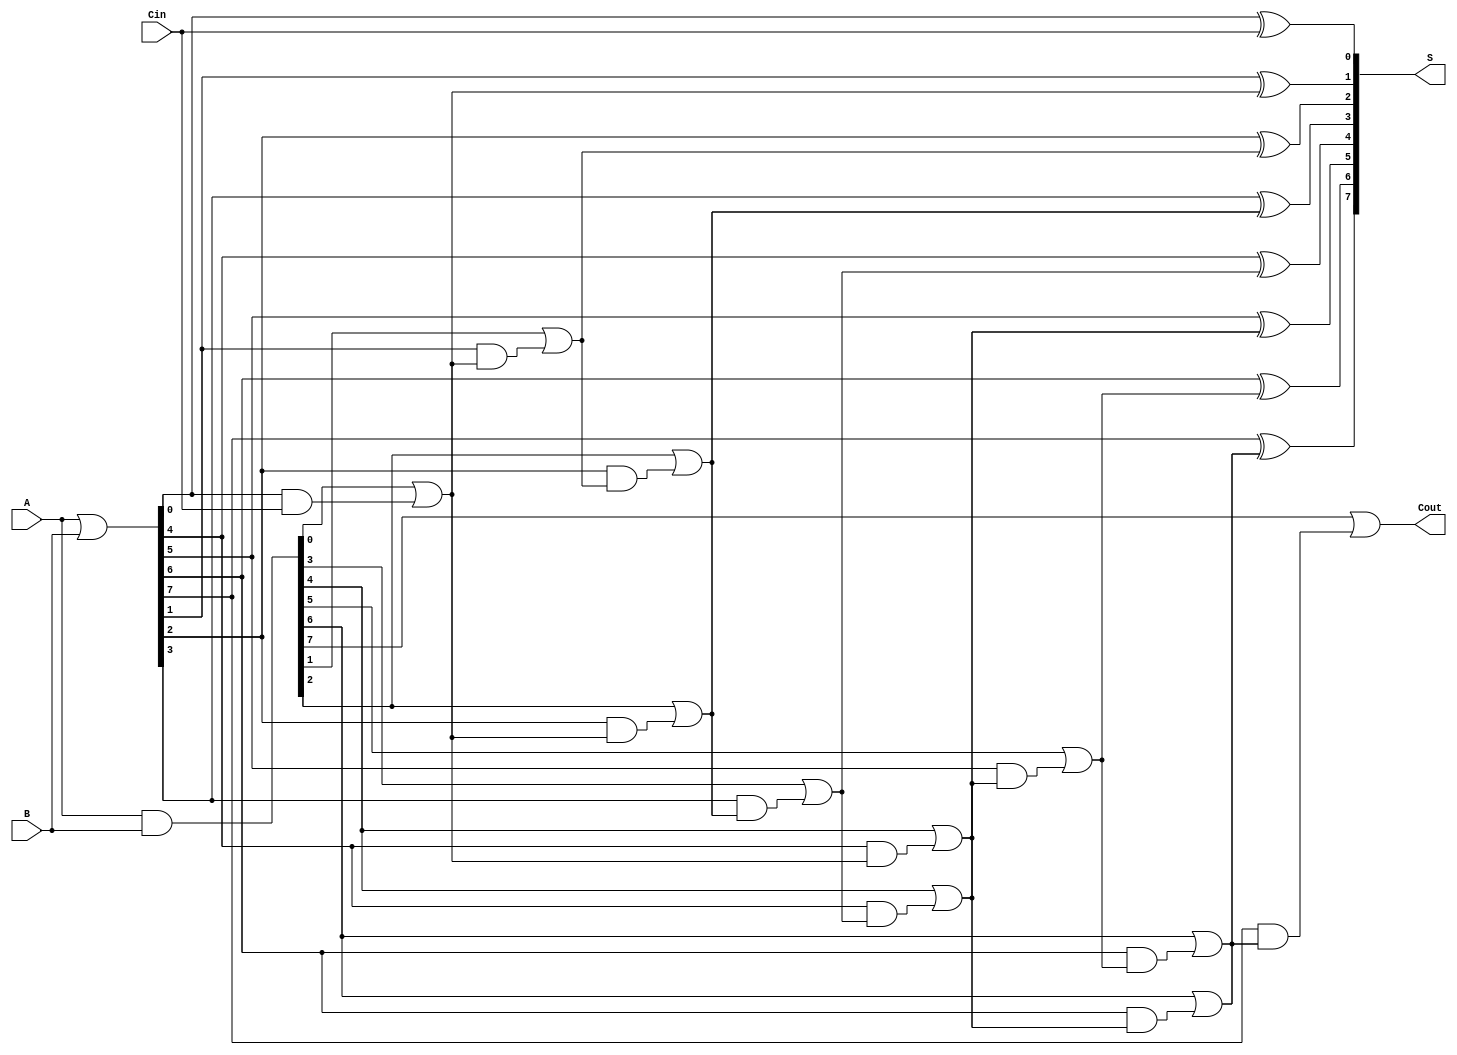
module brent_kung_adder #(
    parameter N = 8  // Width of the adder
)(
    input [N-1:0] A,      // First n-bit input
    input [N-1:0] B,      // Second n-bit input
    input Cin,            // Carry input
    output [N-1:0] S,     // Sum output
    output Cout           // Carry output
);

    // Generate and Propagate signals
    wire [N-1:0] G; // Generate signals
    wire [N-1:0] P; // Propagate signals
    wire [N:0] C;   // Carry signals, including C[0] as initial carry

    // Generate and Propagate calculations
    assign G = A & B;           // Generate
    assign P = A | B;           // Propagate
    assign C[0] = Cin;          // Initial carry-in
    
    // Carry generation stages
    genvar i, j;
    
    // Stage 1
    generate
        for (i = 0; i < N; i = i + 1) begin: carry_stage1
            if (i == 0) begin
                assign C[i + 1] = G[i] | (P[i] & C[0]);
            end else begin
                assign C[i + 1] = G[i] | (P[i] & C[i]);
            end
        end
    endgenerate

    // Stage 2 (and further stages if required)
    generate
        for (j = 2; j <= $clog2(N); j = j + 1) begin: carry_stage
            for (i = 0; i < N; i = i + (1 << j)) begin
                assign C[i + (1 << (j-1)) + 1] = G[i + (1 << (j-1))] |
                    (P[i + (1 << (j-1))] & C[i + 1]);
            end
        end
    endgenerate

    // Sum calculation
    generate
        for (i = 0; i < N; i = i + 1) begin: sum_stage
            assign S[i] = P[i] ^ C[i];
        end
    endgenerate

    // Final carry-out
    assign Cout = C[N];

endmodule